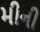
મીની